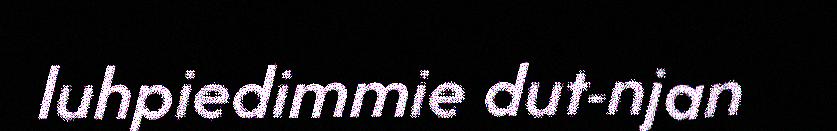
luhpiedimmie dut-njan